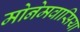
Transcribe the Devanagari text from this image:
मोनेमवासिया